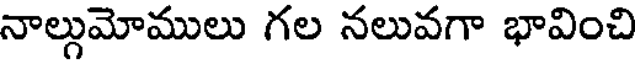
నాల్గుమోములు గల నలువగా భావించి